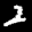
Label: 2